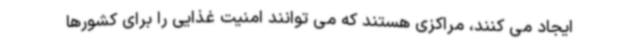
ایجاد می کنند، مراکزی هستند که می توانند امنیت غذایی را برای کشورها